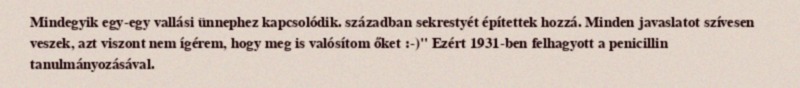
Mindegyik egy-egy vallási ünnephez kapcsolódik. században sekrestyét építettek hozzá. Minden javaslatot szívesen veszek, azt viszont nem ígérem, hogy meg is valósítom őket :-)" Ezért 1931-ben felhagyott a penicillin tanulmányozásával.